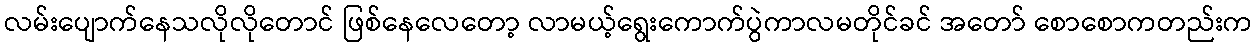
လမ်းပျောက်နေသလိုလိုတောင် ဖြစ်နေလေတော့ လာမယ့်ရွေးကောက်ပွဲကာလမတိုင်ခင် အတော် စောစောကတည်းက